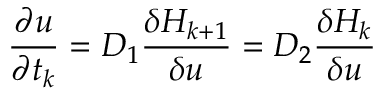
{ \frac { \partial u } { \partial t _ { k } } } = { \cal D } _ { 1 } { \frac { \delta H _ { k + 1 } } { \delta u } } = { \cal D } _ { 2 } { \frac { \delta H _ { k } } { \delta u } }